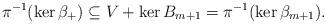
LaTeX: \begin{align*} \pi^{-1}(\ker \beta_+) \subseteq V + \ker B_{m+1} = \pi^{-1}(\ker \beta_{m+1}).\end{align*}